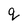
Character: q